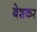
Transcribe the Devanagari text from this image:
बेशकर